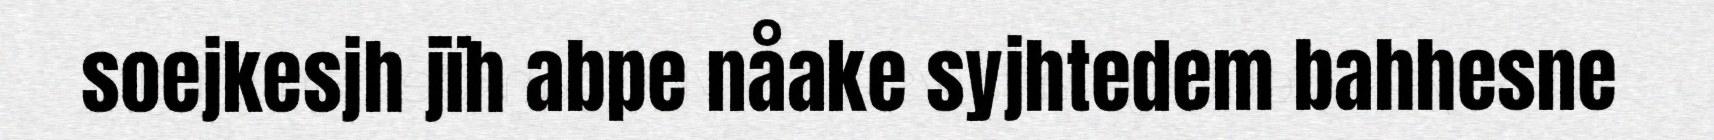
soejkesjh jïh abpe nåake syjhtedem bahhesne